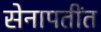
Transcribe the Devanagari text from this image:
सेनापतींत